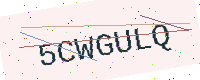
Text: 5CWGULQ